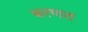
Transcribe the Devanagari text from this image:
बरणत